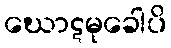
ဃောဋမုခေါပိ